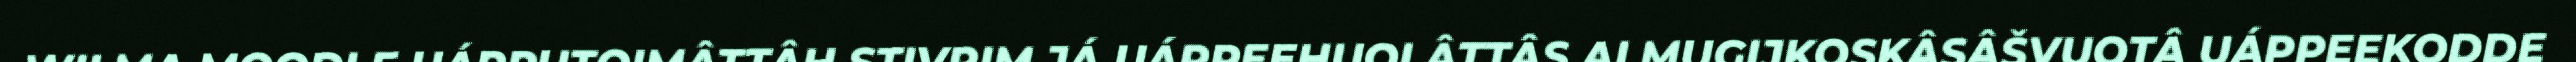
WILMA MOODLE UÁPPUTOIMÂTTÂH STIVRIM JÁ UÁPPEEHUOLÂTTÂS ALMUGIJKOSKÂSÂŠVUOTÂ UÁPPEEKODDE